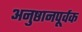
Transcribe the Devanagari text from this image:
अनुष्ठानपूर्वक